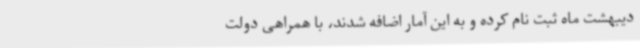
دیبهشت ماه ثبت نام کرده و به این آمار اضافه شدند، با همراهی دولت